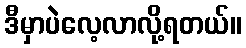
ဒီမှာပဲလေ့လာလို့ရတယ်။